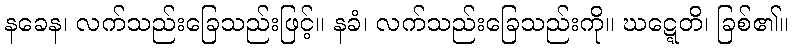
နခေန၊ လက်သည်းခြေသည်းဖြင့်။ နခံ၊ လက်သည်းခြေသည်းကို။ ဃဋ္ဋေတိ၊ ခြစ်၏။